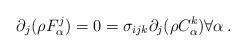
LaTeX: \begin{align*}\partial_{j}( \rho F^j_\alpha ) = 0 = \sigma_{ijk}\partial_j(\rho C^k_\alpha) \forall \alpha \,.\end{align*}